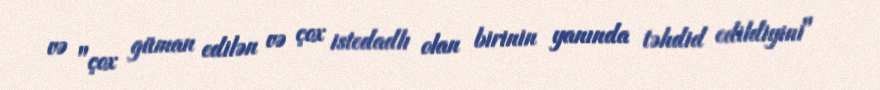
və "çox güman edilən və çox istedadlı olan birinin yanında təhdid edildiyini"